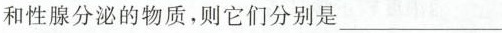
和性腺分泌的物质，则它们分别是___